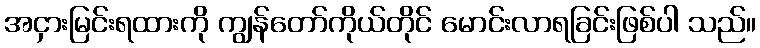
အငှားမြင်းရထားကို ကျွန်တော်ကိုယ်တိုင် မောင်းလာရခြင်းဖြစ်ပါ သည်။